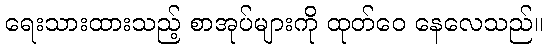
ရေးသားထားသည့် စာအုပ်များကို ထုတ်ဝေ နေလေသည်။